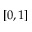
[ 0 , 1 ]